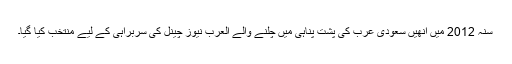
سنہ 2012 میں انھیں سعودی عرب کی پشت پناہی میں چلنے والے العرب نیوز چینل کی سربراہی کے لیے منتخب کیا گیا۔